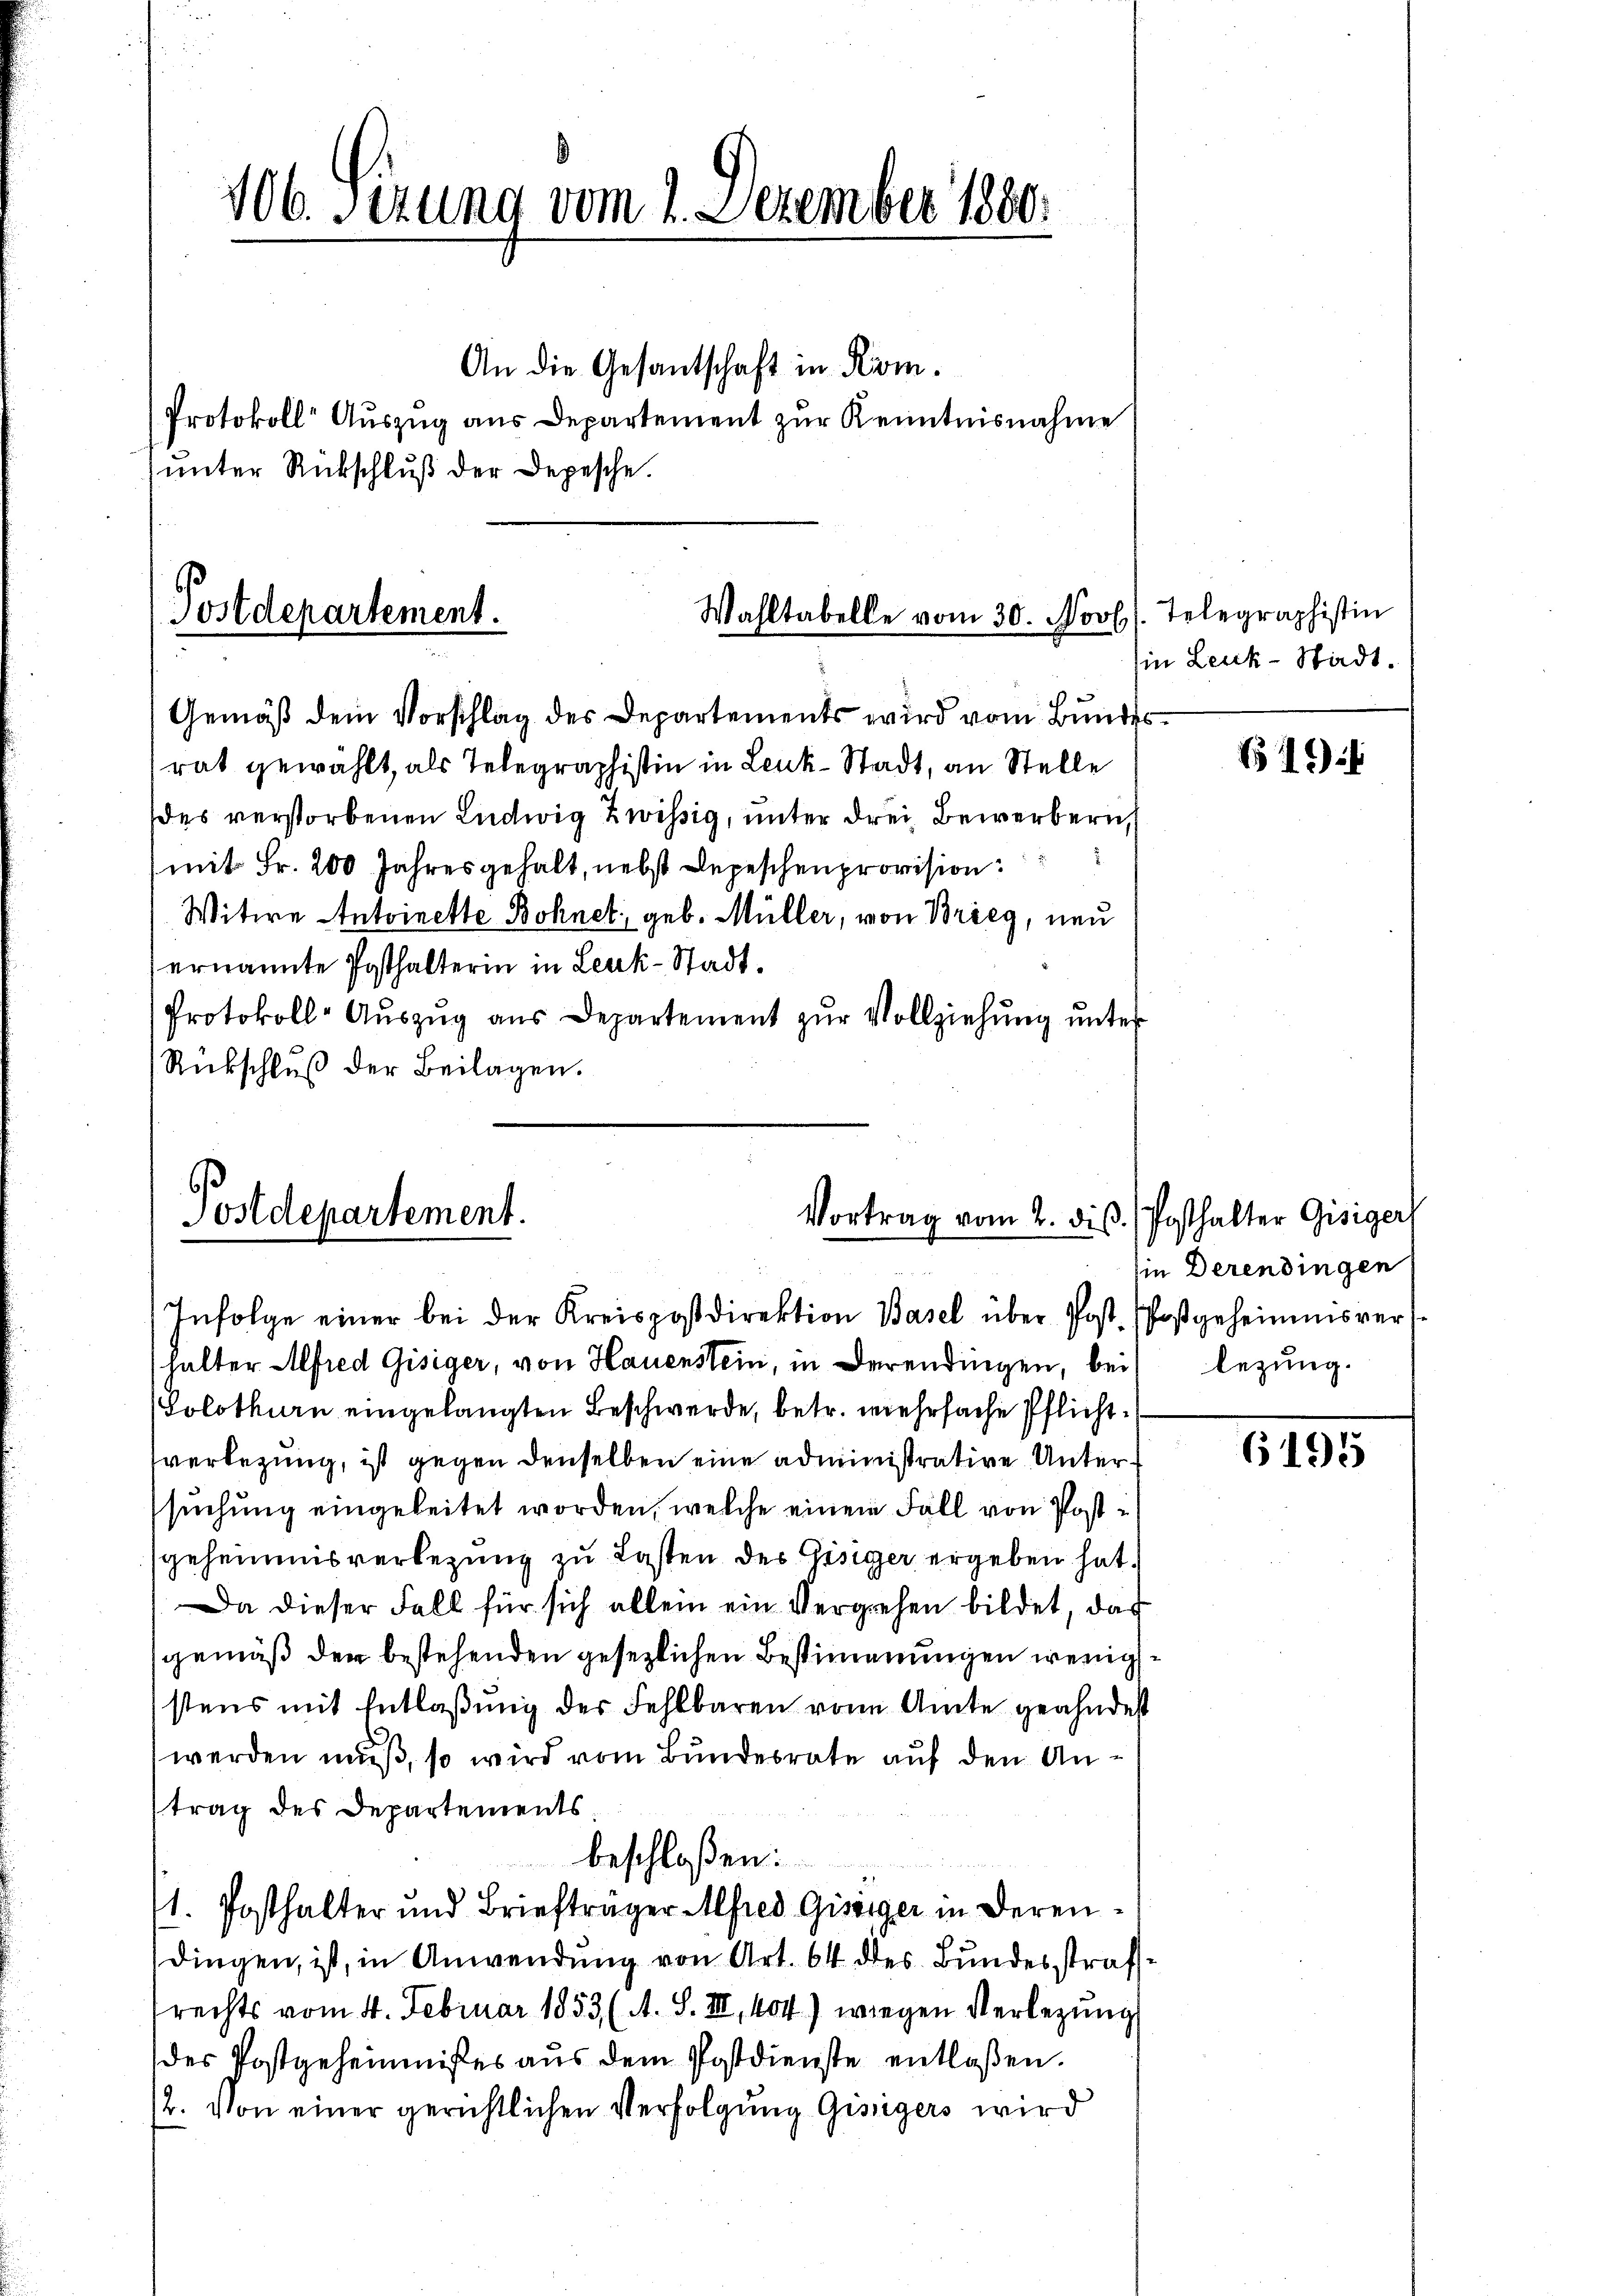
106. sezung vom 2. Dezember 1880.

Postdepartement.
Wahltabelle vom 30. Novb
Gemäß dem Vorschlag des Departements wird vom Bundes

Postdepartement.

An die Gesantschaft in Kom¬
Protokoll Auszug aus Departement zur Kenntnisnahme

ŭnter Rückschluß der Depesche.

rat gewählt, als Telegraphistin in Leuk-Stadt, an Stelle
des verstorbenen Ludwig Zwissig, unter drei Bewerbern,
.
(mit Fr. 200 Jahres gehalt, nebst Depeschenprovision:
Witwe Antoinette Bohnet geb. Müller, von Brieg, neu
ernannte Posthalterin in Leuk-Stadt¬
Protokoll-Auszug aus Departement zur Vollziehung unter
Rückschluß der Beilagen.

Vortrag vom 2. diß. / Posthalter Gisiger
Infolge einer bei der Kreispostdirektion Basel über Post. Postgeheimnisver

halter Alfred Gisiger, von Hauenstein, in derendingen, bei legung.
Solothurn eingelangten Beschwerde, betr. mehrfache Pflichtverlegung, ist gegen denselben eine administrative Untersuchung eingeleitet worden, welche einem Fall von Postgeheimnisverlegung zu Lasten des Gisiger ergeben hat.
Da dieser Fall für sich allein ein Vergehen bildet, das
gemäß der bestehenden gesezlichen Bestimmungen wenigsstens mit Entlaßung der Fehlbaren von Amte geahndest
werden muß, so wird vom Bundesrate auf den Antrag des Departements
beschloßen:
11. Posthalter und Briefträger Alfred Giseiger in deren
dingen, ist, in Anwendung von Art. 64 des Bundesstraf
rechts vom 4. Februar 1853 (A. S. III, 404) wiegen Verlegung
des Postgeheimnißes aus dem Postdienste entlaßen.
1/2. Von einer gerichtlichen Verfolgung Giseigers wird

Telegraphistin
Ein Leuk-Stadt.

B 49

sie Derendingen

6195